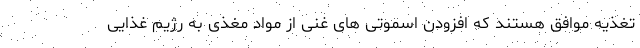
تغذیه موافق هستند که افزودن اسموتی های غنی از مواد مغذی به رژیم غذایی